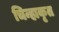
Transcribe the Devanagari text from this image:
चिन्हाकृत